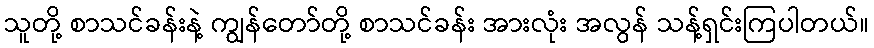
သူတို့ စာသင်ခန်းနဲ့ ကျွန်တော်တို့ စာသင်ခန်း အားလုံး အလွန် သန့်ရှင်းကြပါတယ်။